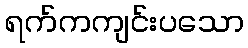
ရက်ကကျင်းပသော